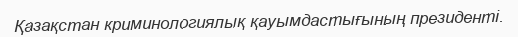
Қазақстан криминологиялық қауымдастығының президенті.